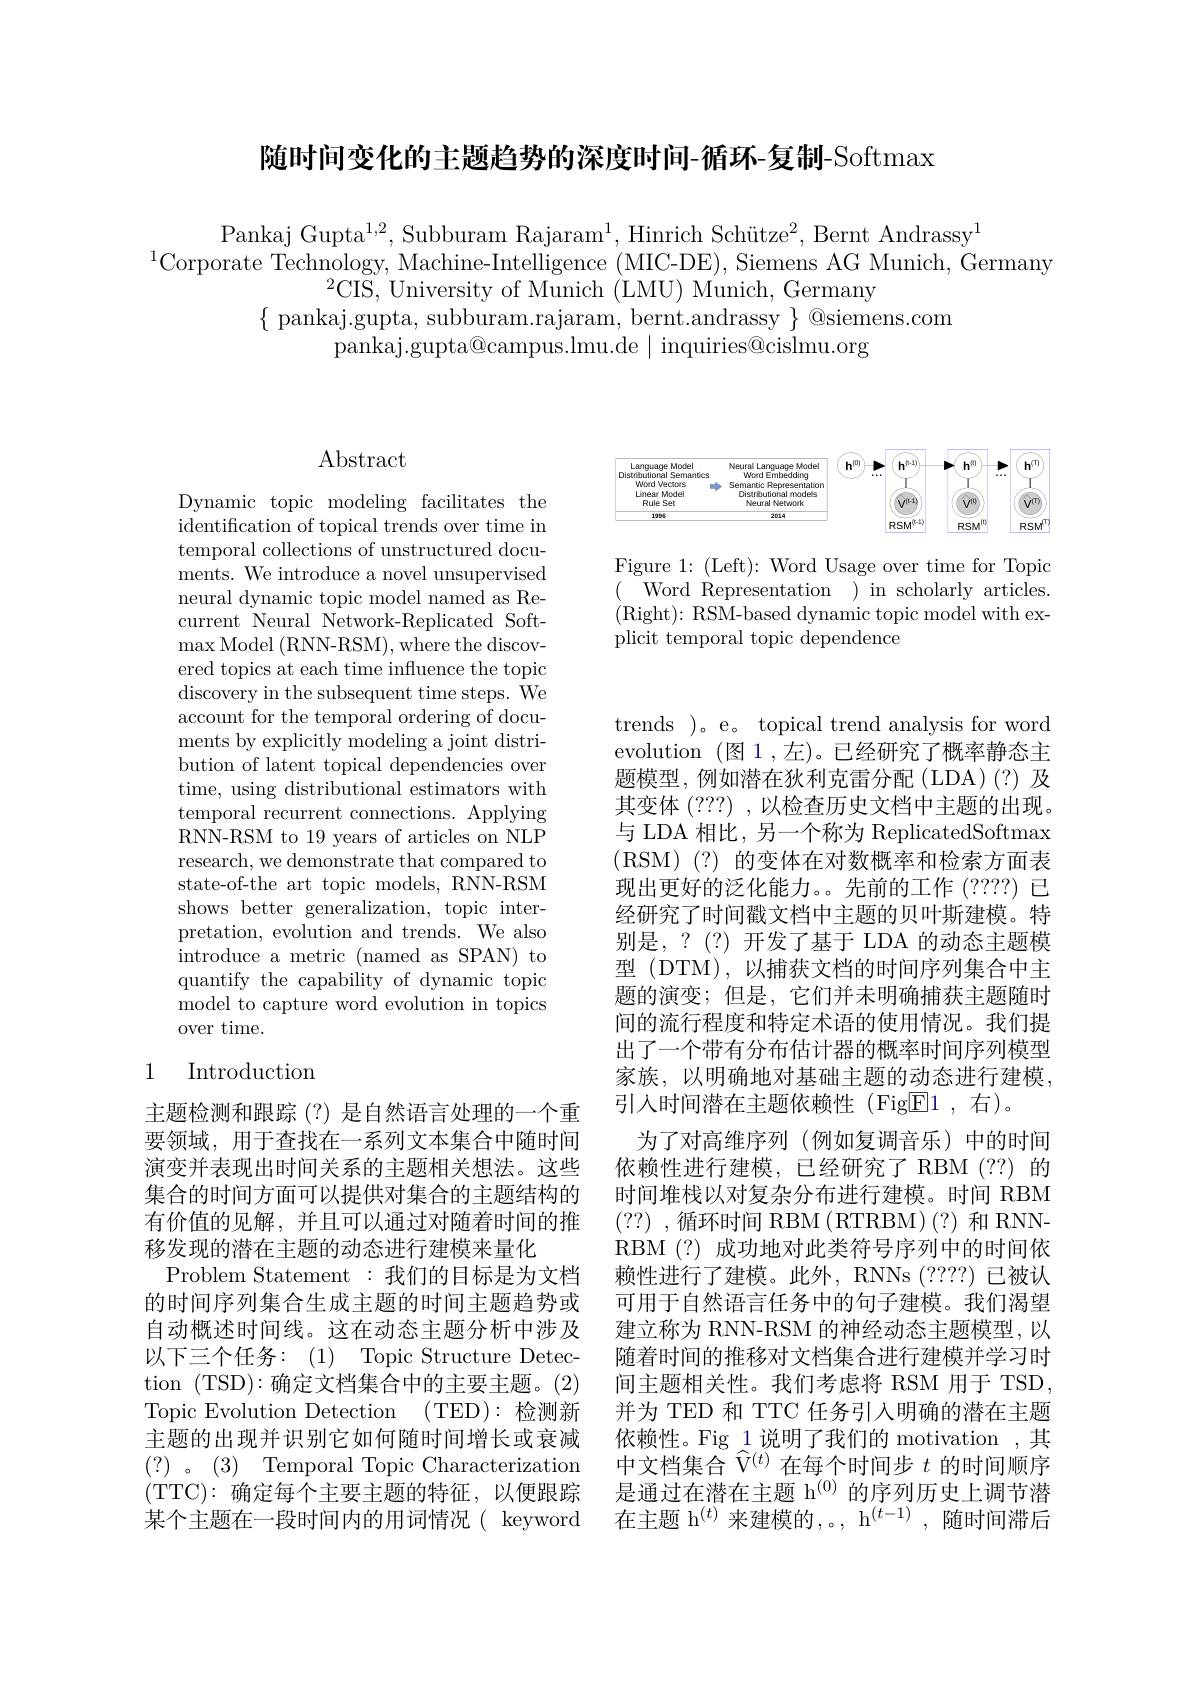
随时间变化的主题趋势的深度时间-循环-复制-Softmax

Pankaj Gupta$^1,2$,Subburam Rajaram$^1,\text{Hinrich Sch\"{u}tze}^2$, Bernt Andrassy$^1$
$^{1}$Corporate Technology, Machine-Intelligence (MIC-DE), Siemens AG Munich, Germany
$^{2}$CIS, University of Munich (LMU) Munich, Germany
$\{$ pankaj.gupta, subburam.rajaram, bernt.andrassy $\}$ @siemens.com
pankaj.gupta@campus.lmu.de$\mid$inquiries@cislmu.org

$\operatorname{Abstract}$

Dynamic topic modeling facilitates the identification of topical trends over time in temporal collections of unstructured docu- ${\mathrm{ments.~We~introduce~a~novel~unsupervised}}$ neural dynamic topic model named as Recurrent Neural Network-Replicated Soft- $\operatorname*{max}$Model (RNN-RSM), where the discovered topics at each time influence the topic discovery in the subsequent time steps. We account for the temporal ordering of documents by explicitly modeling a joint distribution of latent topical dependencies over time, using distributional estimators with temporal recurrent connections. Applying RNN-RSM to 19 years of articles on NLP research, we demonstrate that compared to state-of-the art topic models, RNN-RSM shows better generalization, topic interpretation, evolution and trends. We also introduce a metric (named as SPAN) to quantify the capability of dynamic topic model to capture word evolution in topics over time.

## 1 Introduction

主题检测和跟踪(?) 是自然语言处理的一个重要领域，用于查找在一系列文本集合中随时间演变并表现出时间关系的主题相关想法。这些集合的时间方面可以提供对集合的主题结构的有价值的见解，并且可以通过对随着时间的推移发现的潜在主题的动态进行建模来量化
Problem Statement : 我们的目标是为文档的时间序列集合生成主题的时间主题趋势或自动概述时间线。这在动态主题分析中涉及以下三个任务：(1) Topic Structure Detection (TSD):确定文档集合中的主要主题。(2) Topic Evolution Detection (TED):检测新主题的出现并识别它如何随时间增长或衰减(?)。(3) Temporal Topic Characterization (TTC):确定每个主要主题的特征，以便跟踪某个主题在一段时间内的用词情况( keyword

<FigureHere>

Figure 1: (Left): Word Usage over time for Topic ( Word Representation )in scholarly articles. (Right$)\colon$RSM-based dynamic topic model with explicit temporal topic dependence

trends )。e。topical trend analysis for word evolution (图1，左)。已经研究了概率静态主题模型，例如潜在狄利克雷分配(LDA)(?)及其变体(???),以检查历史文档中主题的出现。与 LDA 相比，另一个称为 ReplicatedSoftmax (RSM)(?)的变体在对数概率和检索方面表现出更好的泛化能力。先前的工作 (????) 已经研究了时间戳文档中主题的贝叶斯建模。特别是，?(?)开发了基于 LDA 的动态主题模型 (DTM),以捕获文档的时间序列集合中主题的演变；但是，它们并未明确捕获主题随时间的流行程度和特定术语的使用情况。我们提出了一个带有分布估计器的概率时间序列模型家族，以明确地对基础主题的动态进行建模， 引入时间潜在主题依赖性(Fig$\underline{\mathrm{E}}1$,右)。
为了对高维序列(例如复调音乐)中的时间依赖性进行建模，已经研究了 RBM (??) 的时间堆栈以对复杂分布进行建模。时间 RBM $(??)~$,循环时间 RBM(RTRBM)(?)和RNNRBM(?)成功地对此类符号序列中的时间依赖性进行了建模。此外，RNNs (???) 已被认可用于自然语言任务中的句子建模。我们渴望建立称为 RNN-RSM 的神经动态主题模型，以随着时间的推移对文档集合进行建模并学习时间主题相关性。我们考虑将 RSM 用于 TSD, 并为 TED 和 TTC 任务引入明确的潜在主题依赖性。Fig 1 说明了我们的 motivation ,其中文档集合$\widehat{\mathrm{V}}^{(t)}$在每个时间步$t$的时间顺序是通过在潜在主题 h$^{(0)}$的序列历史上调节潜在主题 h$^{(t)}$来建模的，。, h$^(t-1)$, 随时间滞后